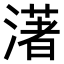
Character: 𤀞